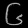
Digit: ၆